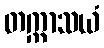
တက္ကာသယံ